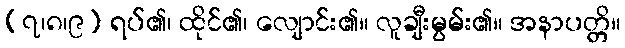
(၇၊၈၊၉) ရပ်၏၊ ထိုင်၏၊ လျောင်း၏။ လူချီးမွမ်း၏။ အနာပတ္တိ။